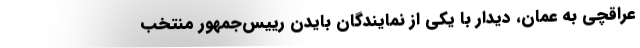
عراقچی به عمان، دیدار با یکی از نمایندگان بایدن رییس‌جمهور منتخب